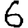
Digit: 6